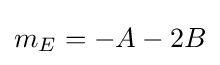
m_{E}=-A-2B